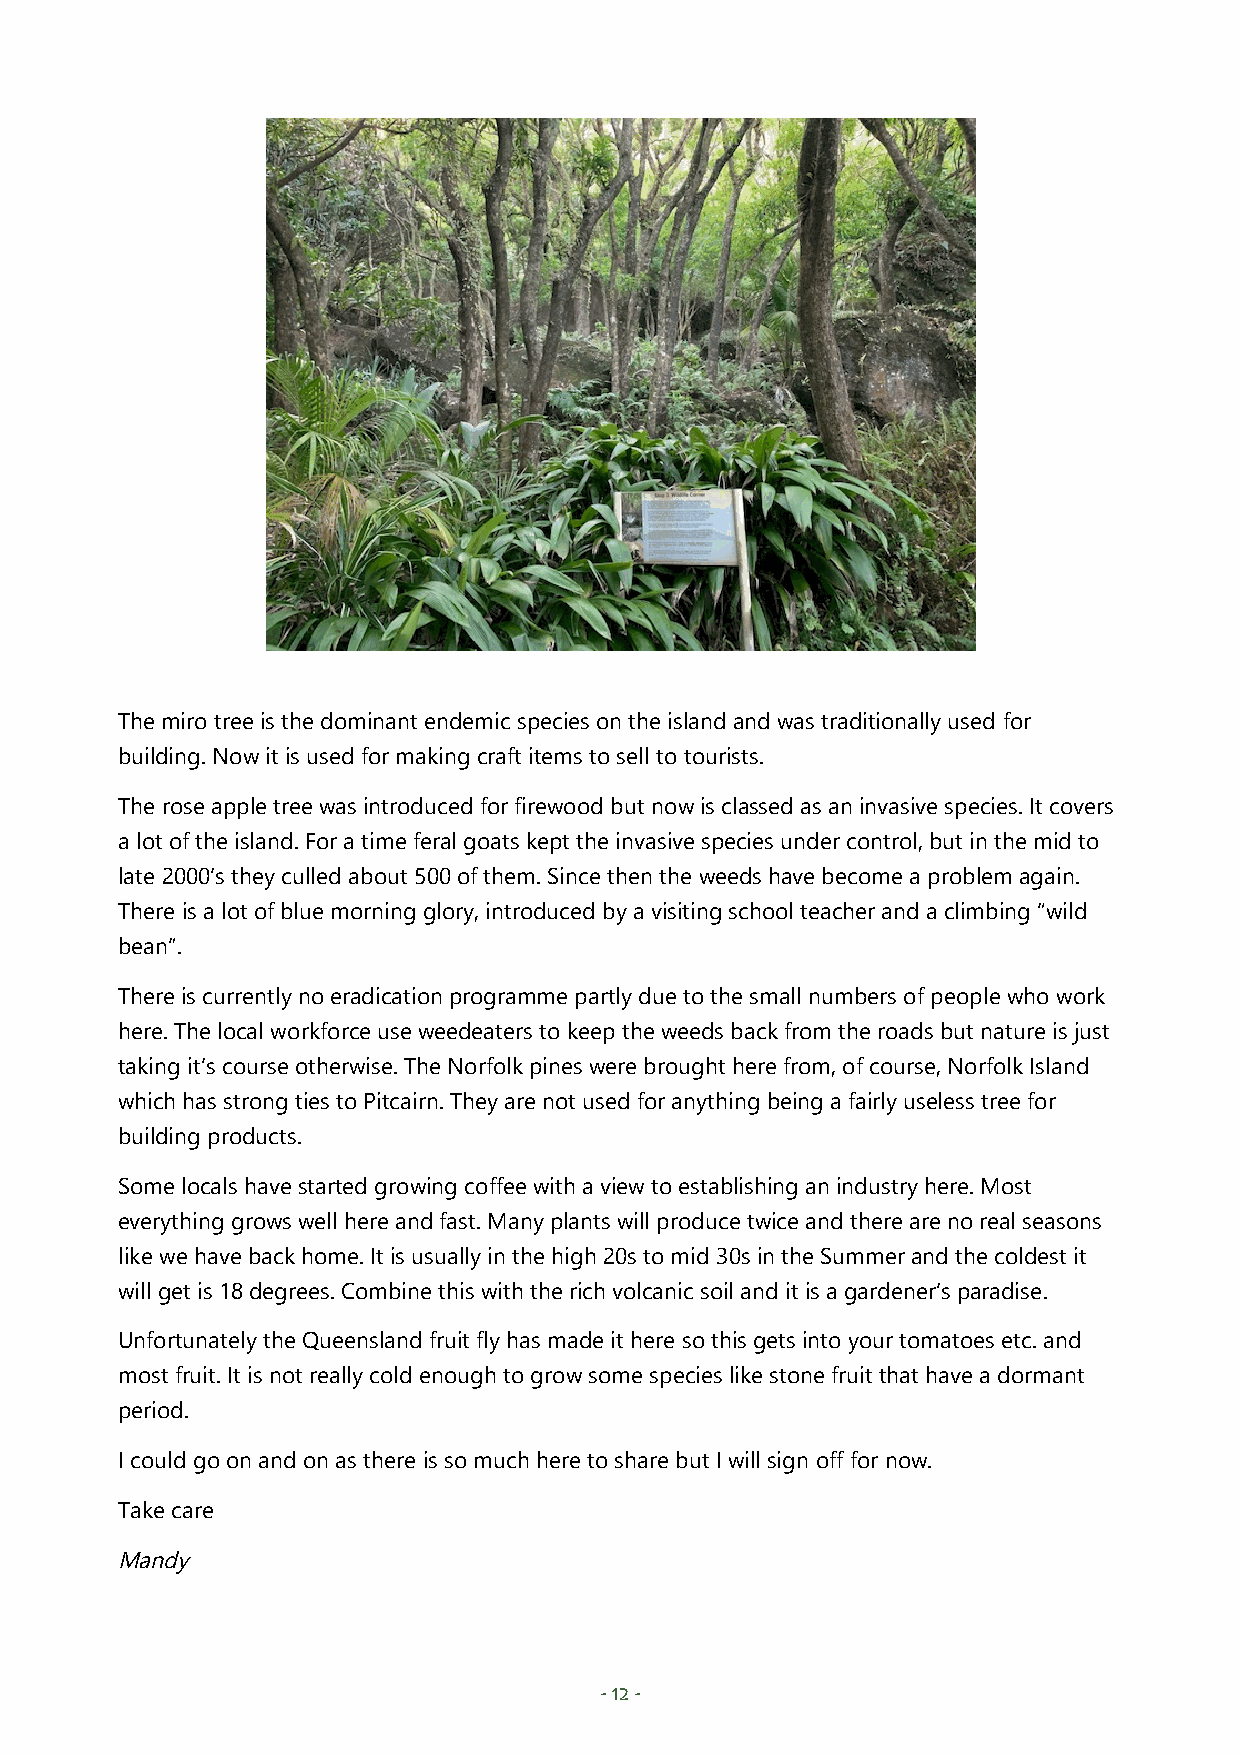
The miro tree is the dominant endemic species on the island and was traditionally used for
 building. Now it is used for making craft items to sell to tourists.
 The rose apple tree was introduced for firewood but now is classed as an invasive species. It covers
 a lot of the island. For a time feral goats kept the invasive species under control, but in the mid to
 late 2000’s they culled about 500 of them. Since then the weeds have become a problem again.
 There is a lot of blue morning glory, introduced by a visiting school teacher and a climbing “wild
 bean”.
 There is currently no eradication programme partly due to the small numbers of people who work
 here. The local workforce use weedeaters to keep the weeds back from the roads but nature is just
 taking it’s course otherwise. The Norfolk pines were brought here from, of course, Norfolk Island
 which has strong ties to Pitcairn. They are not used for anything being a fairly useless tree for
 building products.
 Some locals have started growing coffee with a view to establishing an industry here. Most
 everything grows well here and fast. Many plants will produce twice and there are no real seasons
 like we have back home. It is usually in the high 20s to mid 30s in the Summer and the coldest it
 will get is 18 degrees. Combine this with the rich volcanic soil and it is a gardener’s paradise.
 Unfortunately the Queensland fruit fly has made it here so this gets into your tomatoes etc. and
 most fruit. It is not really cold enough to grow some species like stone fruit that have a dormant
 period.
 I could go on and on as there is so much here to share but I will sign off for now.
 Take care
 Mandy
 - 12 -